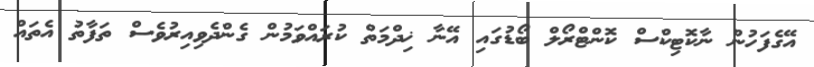
އޭގެފަހުން ނާކޮޓިކްސް ކޮންޓްރޯލް ބޯޑުގައި އޭނާ ޚިދްމަތް ކުރައްވަމުން ގެންދެވިއިރުވެސް ތަފާތު އެތައް